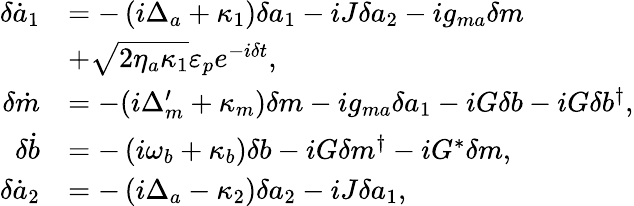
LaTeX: \begin{array}{rl}{\delta\dot{a}_{1}}&{=-\left(i\Delta_{a}+\kappa_{1}\right)\delta a_{1}-iJ\delta a_{2}-ig_{ma}\delta m}\\ &{+\sqrt{2\eta_{a}\kappa_{1}}\varepsilon_{p}e^{-i\delta t},}\\ {\delta\dot{m}}&{=-(i\Delta_{m}^{\prime}+\kappa_{m})\delta m-ig_{ma}\delta a_{1}-iG\delta b-iG\delta b^{\dagger},}\\ {\delta\dot{b}}&{=-\left(i\omega_{b}+\kappa_{b}\right)\delta b-iG\delta m^{\dagger}-iG^{*}\delta m,}\\ {\delta\dot{a}_{2}}&{=-\left(i\Delta_{a}-\kappa_{2}\right)\delta a_{2}-iJ\delta a_{1},}\end{array}